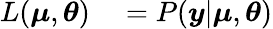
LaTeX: \begin{array}{rl}{L(\boldsymbol{\mu},\boldsymbol{\theta})}&{{}=P(\boldsymbol{y}|\boldsymbol{\mu},\boldsymbol{\theta})}\end{array}